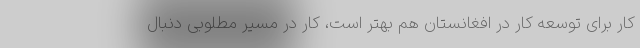
کار برای توسعه کار در افغانستان هم بهتر است، کار در مسیر مطلوبی دنبال